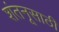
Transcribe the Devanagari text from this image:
शंतनूसाठी